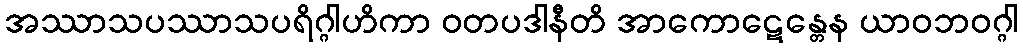
အဿာသပဿာသပရိဂ္ဂါဟိကာ ဝတပဒါနီတိ အာကောဋေန္တေန ယာဝဘဝဂ္ဂါ